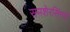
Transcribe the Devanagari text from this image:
समशेरसिंगचे